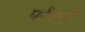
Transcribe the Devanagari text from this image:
फौल्टी